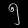
Digit: ၅